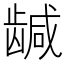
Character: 𬺍